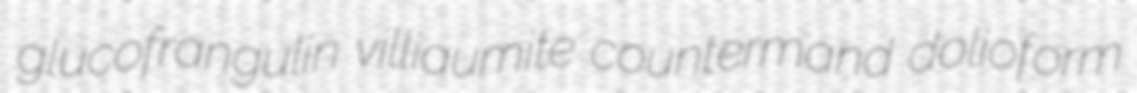
glucofrangulin villiaumite countermand dolioform